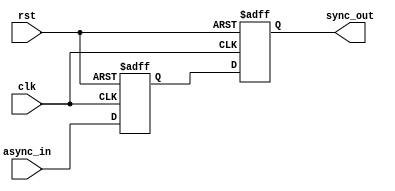
module dual_ff_synchronizer (
    input wire clk,         // Clock signal from the target clock domain
    input wire async_in,    // Asynchronous input signal to be synchronized
    output reg sync_out,    // Synchronized output signal
    input wire rst          // Reset signal (optional)
);

    // Intermediate signals
    reg ff1_q;  // Output of the first flip-flop

    // First flip-flop (FF1) capturing async_in
    always @(posedge clk or posedge rst) begin
        if (rst) begin
            ff1_q <= 1'b0;   // Initialize to known state on reset
        end else begin
            ff1_q <= async_in;  // Capture input signal
        end
    end

    // Second flip-flop (FF2) capturing ff1_q
    always @(posedge clk or posedge rst) begin
        if (rst) begin
            sync_out <= 1'b0;   // Initialize to known state on reset
        end else begin
            sync_out <= ff1_q;  // Capture output of FF1
        end
    end

endmodule